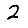
Digit: 2